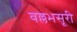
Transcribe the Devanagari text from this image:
वल्लभसूरी